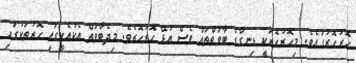
ހޮރުހޮރުގައެވެ. މިހޮރުހޮރަކީ ޑިނގާގެ ބާވަތްތައް ވެސް އުޅޭ ހޮރުހޮރެވެ. މިދެބާވަތް އެކުއެކީގައި ހޮރުތަކުގައި